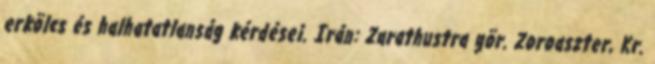
erkölcs és halhatatlanság kérdései. Irán: Zarathustra gör. Zoroaszter, Kr.